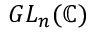
G L _ { n } ( \mathbb { C } )